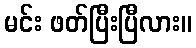
မင်း ဖတ်ပြီးပြီလား။